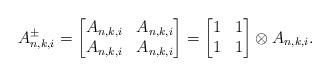
LaTeX: \begin{align*}A^\pm_{n,k,i} =\begin{bmatrix}A_{n,k,i} & A_{n,k,i}\\A_{n,k,i} & A_{n,k,i}\end{bmatrix}= \begin{bmatrix}1 & 1 \\1 & 1\end{bmatrix} \otimes A_{n,k,i}.\end{align*}